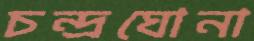
চন্দ্রঘোনা